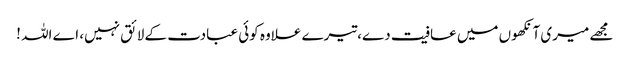
مجھے میری آنکھوں میں عافیت دے،تیرے علاوہ کوئی عبادت کے لائق نہیں، اے اللہ !